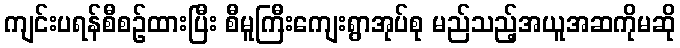
ကျင်းပရန်စီစဉ်ထားပြီး စီမူကြီးကျေးရွာအုပ်စု မည်သည့်အယူအဆကိုမဆို